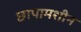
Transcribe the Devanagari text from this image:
छापामशीन